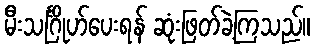
မီးသင်္ဂြိုဟ်ပေးရန် ဆုံးဖြတ်ခဲ့ကြသည်။